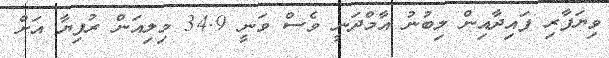
ވިޔަފާރި ފައިދާއިން ލިބުނު އާމްދަނީ ވެސް ވަނީ 34.9 މިލިއަން ރުފިޔާ އަށް